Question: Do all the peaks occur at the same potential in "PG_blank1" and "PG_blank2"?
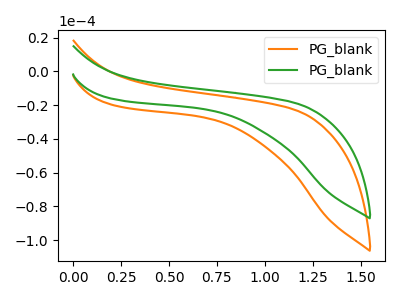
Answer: <think>The orange curve "PG_blank1" has no peaks. The green curve "PG_blank2" has no peaks.</think>
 <answer>Niether CV has any peaks.</answer>
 <eval>blanks</eval>